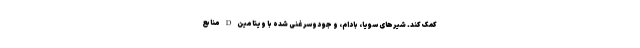
کمک کند. شیرهای سویا، بادام، و جو دوسر غنی شده با ویتامین D منابع